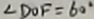
\angle D O F = 6 0 ^ { \circ }